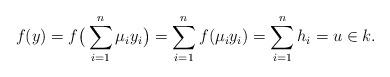
LaTeX: \begin{align*}f(y)=f\big(\sum_{i=1}^n\mu_iy_i\big)=\sum_{i=1}^nf(\mu_iy_i)=\sum_{i=1}^nh_i=u\in k.\end{align*}